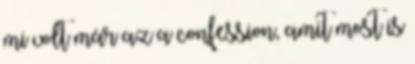
mi volt már az a confession, amit most is